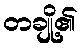
တချို့၏